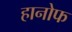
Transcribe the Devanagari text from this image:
हानोफ